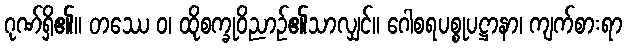
ဂုဏ်ရှိ၏။ တဿေ ဝ၊ ထိုစက္ခုဝိညာဉ်၏သာလျှင်။ ဂေါစရပစ္စုပဋ္ဌာနာ၊ ကျက်စားရာ